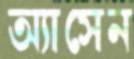
অ্যাসেন